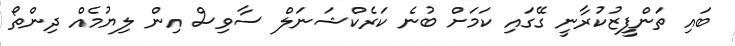
ބައި ތަންފީޒުކުރާނީ ގޭގައި ކަމަށް ބުނެ ކަރެކްޝަނަލް ސާވިސް އިން ލިޔުމެއް ދިންތޯ